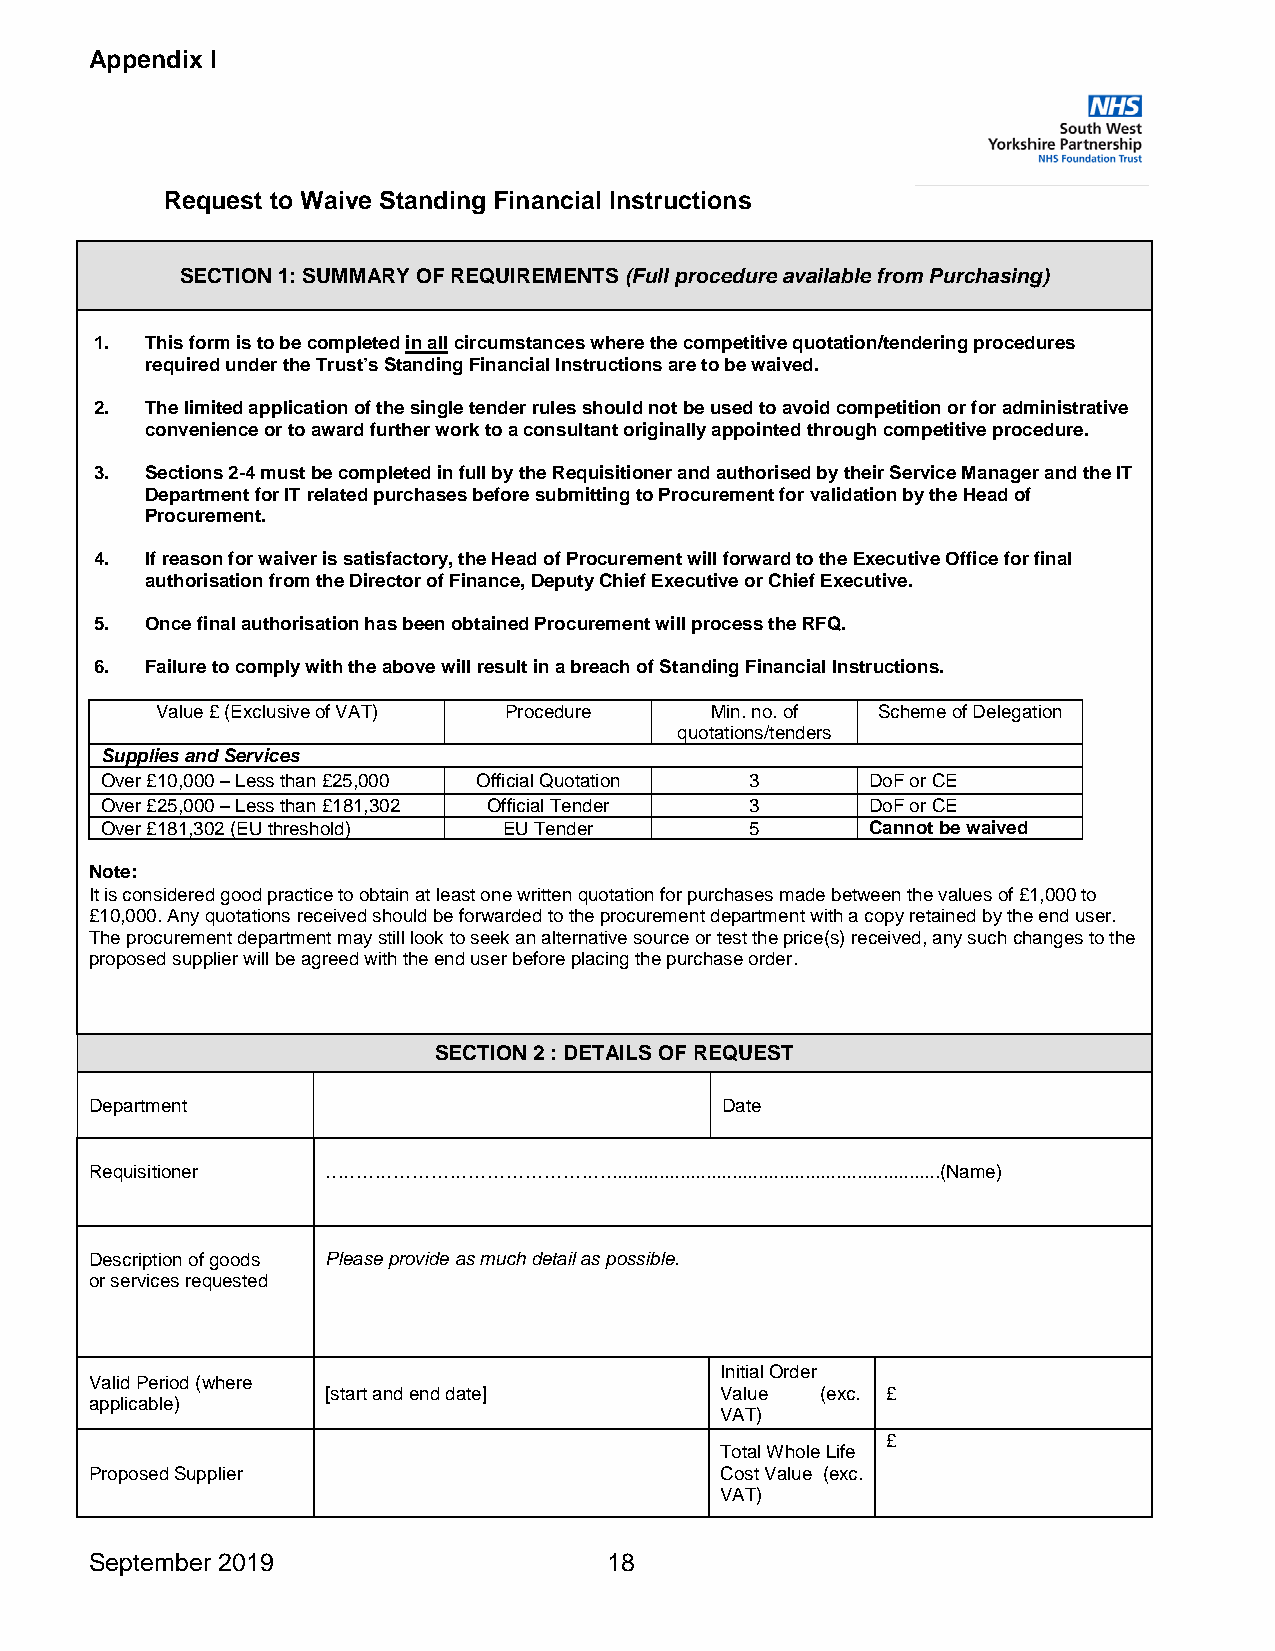
Appendix I
 Request to Waive Standing Financial Instructions
 SECTION 1: SUMMARY OF REQUIREMENTS (Full procedure available from Purchasing)
 1.  This form is to be completed in all circumstances where the competitive quotation/tendering procedures
 required under the Trust’s Standing Financial Instructions are to be waived.
 2.  The limited application of the single tender rules should not be used to avoid competition or for administrative
 convenience or to award further work to a consultant originally appointed through competitive procedure.
 3.  Sections 2-4 must be completed in full by the Requisitioner and authorised by their Service Manager and the IT
 Department for IT related purchases before submitting to Procurement for validation by the Head of
 Procurement.
 4.  If reason for waiver is satisfactory, the Head of Procurement will forward to the Executive Office for final
 authorisation from the Director of Finance, Deputy Chief Executive or Chief Executive.
 5.  Once final authorisation has been obtained Procurement will process the RFQ.
 6.  Failure to comply with the above will result in a breach of Standing Financial Instructions.
 Value £ (Exclusive of VAT) Procedure Min. no. of Scheme of Delegation
 quotations/tenders
 Supplies and Services
 Over £10,000 – Less than £25,000 Official Quotation 3 DoF or CE
 Over £25,000 – Less than £181,302 Official Tender 3 DoF or CE
 Over £181,302 (EU threshold) EU Tender     5       Cannot be waived
 Note:
 It is considered good practice to obtain at least one written quotation for purchases made between the values of £1,000 to
 £10,000. Any quotations received should be forwarded to the procurement department with a copy retained by the end user.
 The procurement department may still look to seek an alternative source or test the price(s) received, any such changes to the
 proposed supplier will be agreed with the end user before placing the purchase order.
 SECTION 2 : DETAILS OF REQUEST
 Department                                Date
 Requisitioner   ………………………………………................................................................(Name)
 Description of goods Please provide as much detail as possible.
 or services requested
 Initial Order
 Valid Period (where
 [start and end date]      Value (exc. £
 applicable)
 VAT)
 £
 Total Whole Life
 Proposed Supplier                         Cost Value (exc.
 VAT)
 September 2019                    18